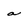
Character: a